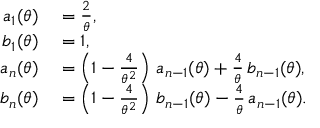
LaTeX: \begin{array} { r l } { a _ { 1 } ( \theta ) } & { { } = { \frac { 2 } { \theta } } , } \\ { b _ { 1 } ( \theta ) } & { { } = 1 , } \\ { a _ { n } ( \theta ) } & { { } = \left( 1 - { \frac { 4 } { \theta ^ { 2 } } } \right) \, a _ { n - 1 } ( \theta ) + { \frac { 4 } { \theta } } \, b _ { n - 1 } ( \theta ) , } \\ { b _ { n } ( \theta ) } & { { } = \left( 1 - { \frac { 4 } { \theta ^ { 2 } } } \right) \, b _ { n - 1 } ( \theta ) - { \frac { 4 } { \theta } } \, a _ { n - 1 } ( \theta ) . } \end{array}